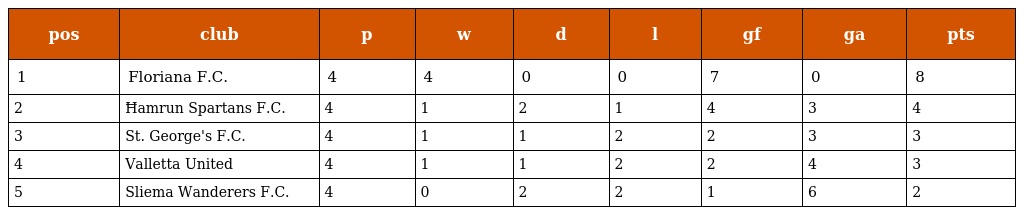
| pos | club | p | w | d | l | gf | ga | pts |
 | --- | --- | --- | --- | --- | --- | --- | --- | --- |
 | 1 | Floriana F.C. | 4 | 4 | 0 | 0 | 7 | 0 | 8 |
 | 2 | Ħamrun Spartans F.C. | 4 | 1 | 2 | 1 | 4 | 3 | 4 |
 | 3 | St. George's F.C. | 4 | 1 | 1 | 2 | 2 | 3 | 3 |
 | 4 | Valletta United | 4 | 1 | 1 | 2 | 2 | 4 | 3 |
 | 5 | Sliema Wanderers F.C. | 4 | 0 | 2 | 2 | 1 | 6 | 2 |